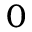
0